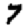
Digit: 7